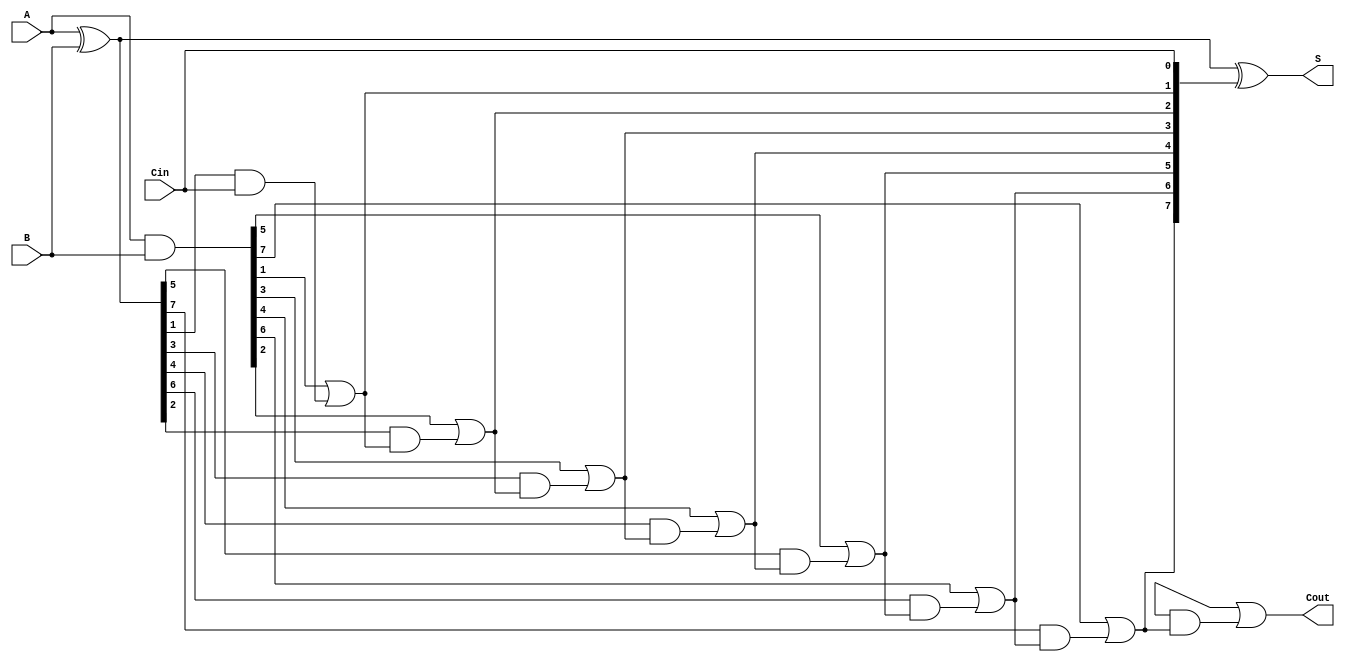
module brent_kung_adder #(parameter N = 8) (
    input  [N-1:0] A,      // First n-bit input
    input  [N-1:0] B,      // Second n-bit input
    input          Cin,     // Carry-in
    output [N-1:0] S,      // n-bit sum output
    output         Cout     // Carry-out
);

    // Generate and Propagate signals
    wire [N-1:0] G; // Generate signals
    wire [N-1:0] P; // Propagate signals
    wire [N:0] C;   // Carry signals (C[0] = Cin)

    // Level 0: Generate and Propagate
    assign G = A & B;          // Generate
    assign P = A ^ B;          // Propagate
    assign C[0] = Cin;         // Carry-in

    // Level 1: Compute carries
    genvar i;
    generate
        for (i = 0; i < N/2; i = i + 1) begin : level1
            assign C[2*i + 1] = G[2*i + 1] | (P[2*i + 1] & C[2*i]);
            assign C[2*i + 2] = G[2*i + 2] | (P[2*i + 2] & C[2*i + 1]);
        end
    endgenerate

    // Level 2: Compute carries
    generate
        for (i = 0; i < N/4; i = i + 1) begin : level2
            assign C[4*i + 3] = G[4*i + 3] | (P[4*i + 3] & C[4*i + 2]);
            assign C[4*i + 4] = G[4*i + 4] | (P[4*i + 4] & C[4*i + 3]);
        end
    endgenerate

    // Level 3: Compute carries
    generate
        for (i = 0; i < N/8; i = i + 1) begin : level3
            assign C[8*i + 7] = G[8*i + 7] | (P[8*i + 7] & C[8*i + 6]);
            assign C[8*i + 8] = G[8*i + 8] | (P[8*i + 8] & C[8*i + 7]);
        end
    endgenerate

    // Final carry-out
    assign Cout = C[N];

    // Sum calculation
    assign S = P ^ C[N-1:0]; // Sum bits

endmodule